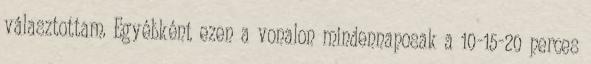
választottam. Egyébként ezen a vonalon mindennaposak a 10-15-20 perces